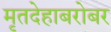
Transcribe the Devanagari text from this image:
मृतदेहाबरोबर